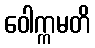
ဝေါက္ကမတိ